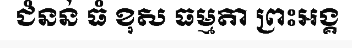
ជំនន់ ធំ ខុស ធម្មតា ព្រះអង្គ